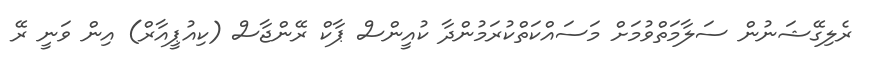
ރެލިގޭޝަނުން ސަލާމަތްވުމަށް މަސައްކަތްކުރަމުންދާ ކުއީންސް ޕާކް ރޭންޖާސް (ކިއުޕީއާރް) އިން ވަނީ ރޭ